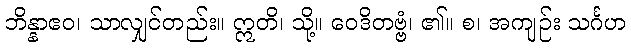
ဘိန္နာဧဝ၊ သာလျှင်တည်း။ ဣတိ၊ သို့။ ဝေဒိတဗ္ဗံ၊ ၏။ စ၊ အကျဉ်း သင်္ဂဟ